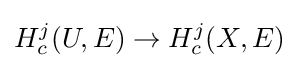
H_{c}^{j}(U,E)\to H_{c}^{j}(X,E)